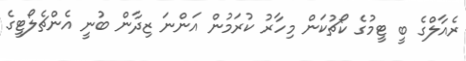
ރެއާލްގެ ބީ ޓީމުގެ ކޯޗުކަން މިހާރު ކުރަމުން އަންނަ ޒިދާން ބުނީ އެންޗެލޯޓީގެ